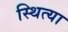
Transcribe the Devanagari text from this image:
स्थित्या